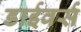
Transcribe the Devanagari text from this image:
डाईवर्स